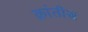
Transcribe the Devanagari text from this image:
क्रांतीस